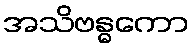
အသိဗန္ဓကော